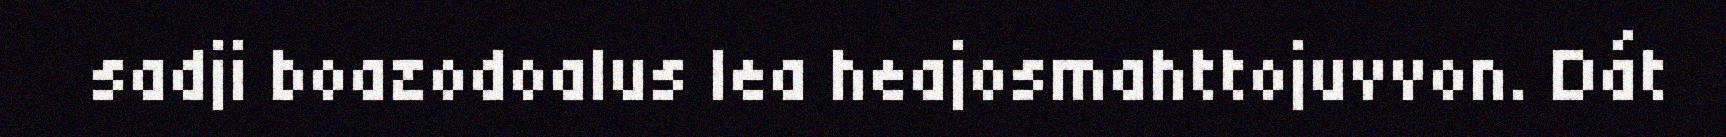
sadji boazodoalus lea heajosmahttojuvvon. Dát